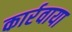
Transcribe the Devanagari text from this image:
कार्रवाया